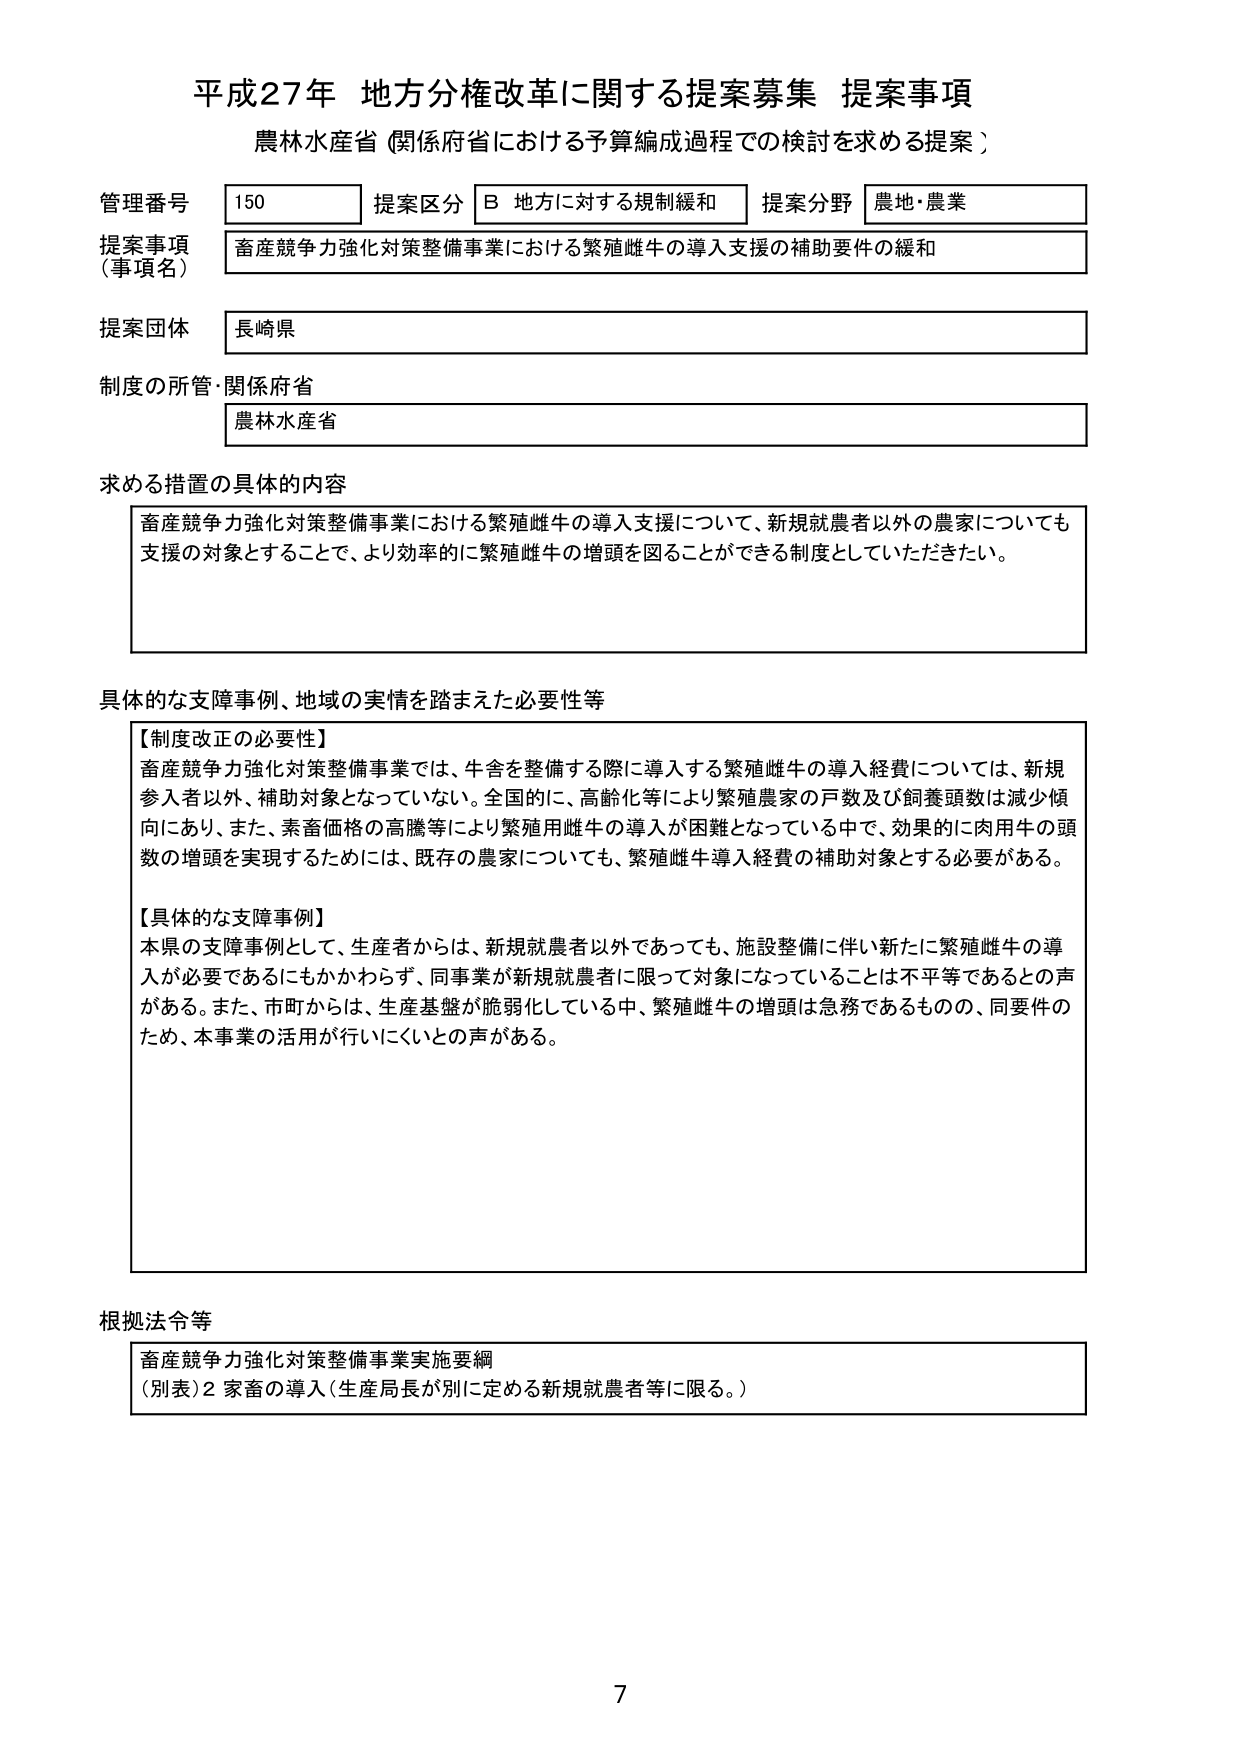
平成27年 地方分権改革に関する提案募集 提案事項
農林水産省（関係府省における予算編成過程での検討を求める提案）

管理番号 150
提案区分 B 地方に対する規制緩和
提案分野 農地・農業

提案事項（事項名）
畜産競争力強化対策整備事業における繁殖雌牛の導入支援の補助要件の緩和

提案団体
長崎県

制度の所管・関係府省
農林水産省

求める措置の具体的な内容
畜産競争力強化対策整備事業における繁殖雌牛の導入支援について、新規就農者以外の農家についても支援の対象とすることで、より効率的に繁殖雌牛の増頭を図ることができる制度としていただきたい。

具体的な支障事例、地域の実情を踏まえた必要性等
【制度改正の必要性】
畜産競争力強化対策整備事業では、牛舎を整備する際に導入する繁殖雌牛の導入経費については、新規参入者以外、補助対象となっていない。全国的に、高齢化等により繁殖農家の戸数及び飼養頭数は減少傾向にあり、また、素畜価格の高騰等により繁殖用雌牛の導入が困難となっている中で、効果的に肉用牛の頭数の増頭を実現するためには、既存の農家についても、繁殖雌牛導入経費の補助対象とする必要がある。

【具体的な支障事例】
本県の支障事例として、生産者からは、新規就農者以外であっても、施設整備に伴い新たに繁殖雌牛の導入が必要であるにもかかわらず、同事業が新規就農者に限って対象になっていることは不平等であるとの声がある。また、市町からは、生産基盤が脆弱化している中、繁殖雌牛の増頭は急務であるものの、同要件のため、本事業の活用が行いにくいとの声がある。

根拠法令等
畜産競争力強化対策整備事業実施要綱
（別表）2 家畜の導入（生産局長が別に定める新規就農者等に限る。）

7